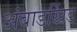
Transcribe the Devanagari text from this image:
अंबाडखिंड